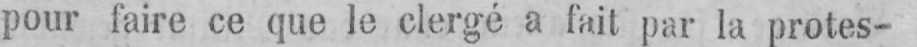
pour faire ce que le clergé a fait par la protes-